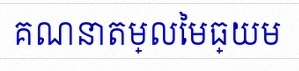
គណនាតម្លៃមធ្យម